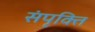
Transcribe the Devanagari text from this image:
संपृक्ति